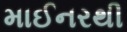
માઈનરથી